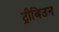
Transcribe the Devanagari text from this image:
ट्रीबिउन